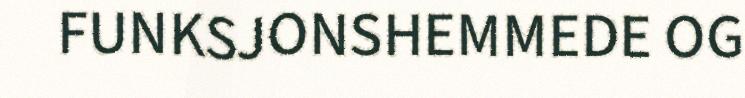
FUNKSJONSHEMMEDE OG